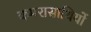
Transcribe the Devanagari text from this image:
कमरासाथियों